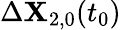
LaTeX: \Delta\mathbf{X}_{2,0}(t_{0})